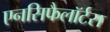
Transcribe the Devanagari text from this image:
एनसिफैलॉर्टस